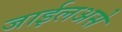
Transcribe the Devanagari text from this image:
जाईलअसे